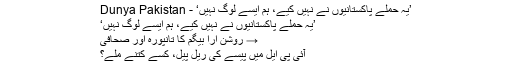
’یہ حملے پاکستانیوں نے نہیں کیے، ہم ایسے لوگ نہیں‘ - Dunya Pakistan
’یہ حملے پاکستانیوں نے نہیں کیے، ہم ایسے لوگ نہیں‘
→ روشن آرا بیگم کا تانپورہ اور صحافی
آئی پی ایل میں پیسے کی ریل پیل، کسے کتنے ملے؟